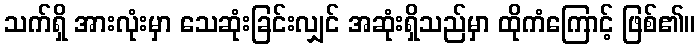
သက်ရှိ အားလုံးမှာ သေဆုံးခြင်းလျှင် အဆုံးရှိသည်မှာ ထိုကံကြောင့် ဖြစ်၏။